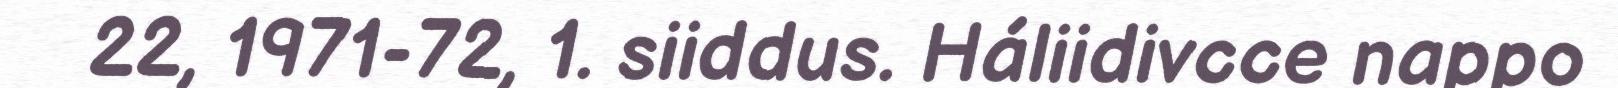
22, 1971-72, 1. siiddus. Háliidivcce nappo